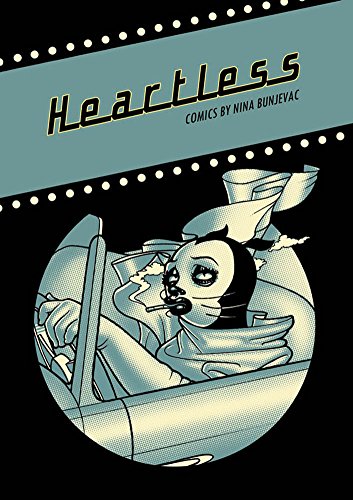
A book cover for Heartless; Nina Bunjevac; Comics & Graphic Novels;